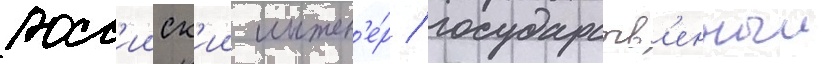
росс'ииск'ии инжен'е́р / государств'енныи